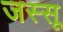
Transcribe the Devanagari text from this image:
जस्सू